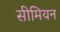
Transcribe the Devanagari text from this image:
सीमियन